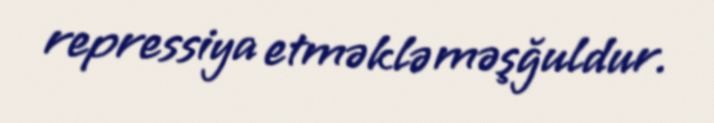
repressiya etməklə məşğuldur.